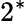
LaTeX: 2^{*}